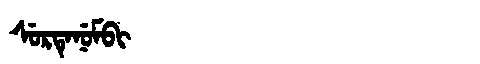
Manchu: ᠰᡠᡵᡨᡝᠨᡠᠮᠪᡳ
Romanization: SURTENUMBI